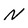
Character: N